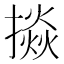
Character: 𢴵